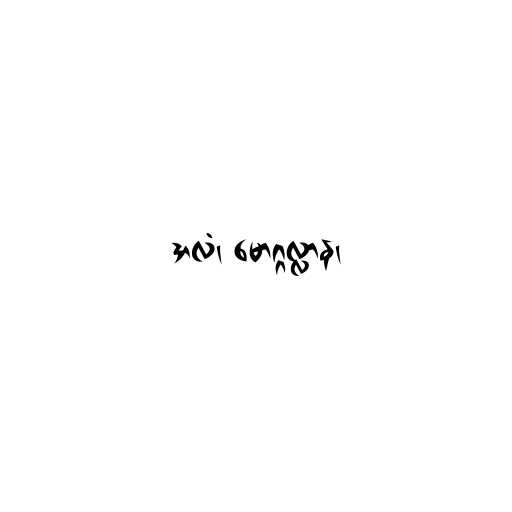
အလံ၊ မောဂ္ဂလ္လာန၊